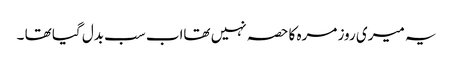
یہ میری روز مرہ کا حصہ نہیں تھااب سب بدل گیا تھا ۔